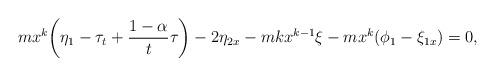
LaTeX: \begin{align*}mx^k\bigg(\eta_1-\tau_t+\frac{1-\alpha}{t}\tau\bigg)-2\eta_{2x}-mkx^{k-1}\xi-mx^k(\phi_1-\xi_{1x})=0,\end{align*}